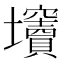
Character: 𡔍